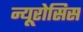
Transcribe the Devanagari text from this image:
न्यूरोसिस